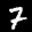
Label: 7